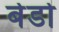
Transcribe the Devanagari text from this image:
बेडो